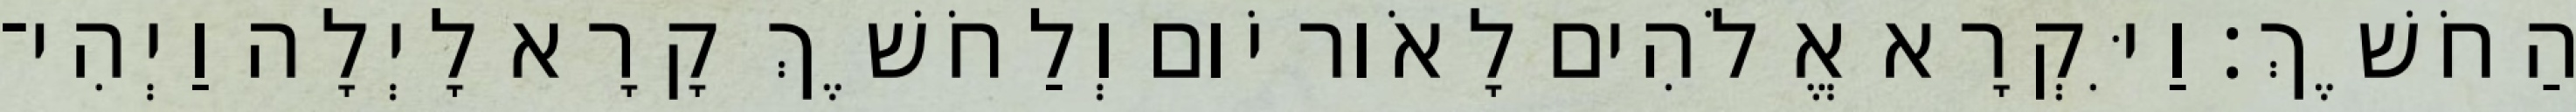
הַחֹשֶׁךְ׃ וַיִּקְרָא אֱלֹהִים לָאֹור יֹום וְלַחֹשֶׁךְ קָרָא לָיְלָה וַיְהִי־